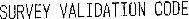
SURVEY VALIDATION CODE